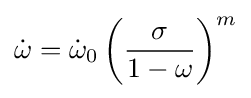
{\dot {\omega }}={\dot {\omega }}_{0}\left({\frac {\sigma }{1-\omega }}\right)^{m}